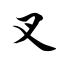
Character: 叉